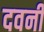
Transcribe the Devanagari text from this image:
दवनी